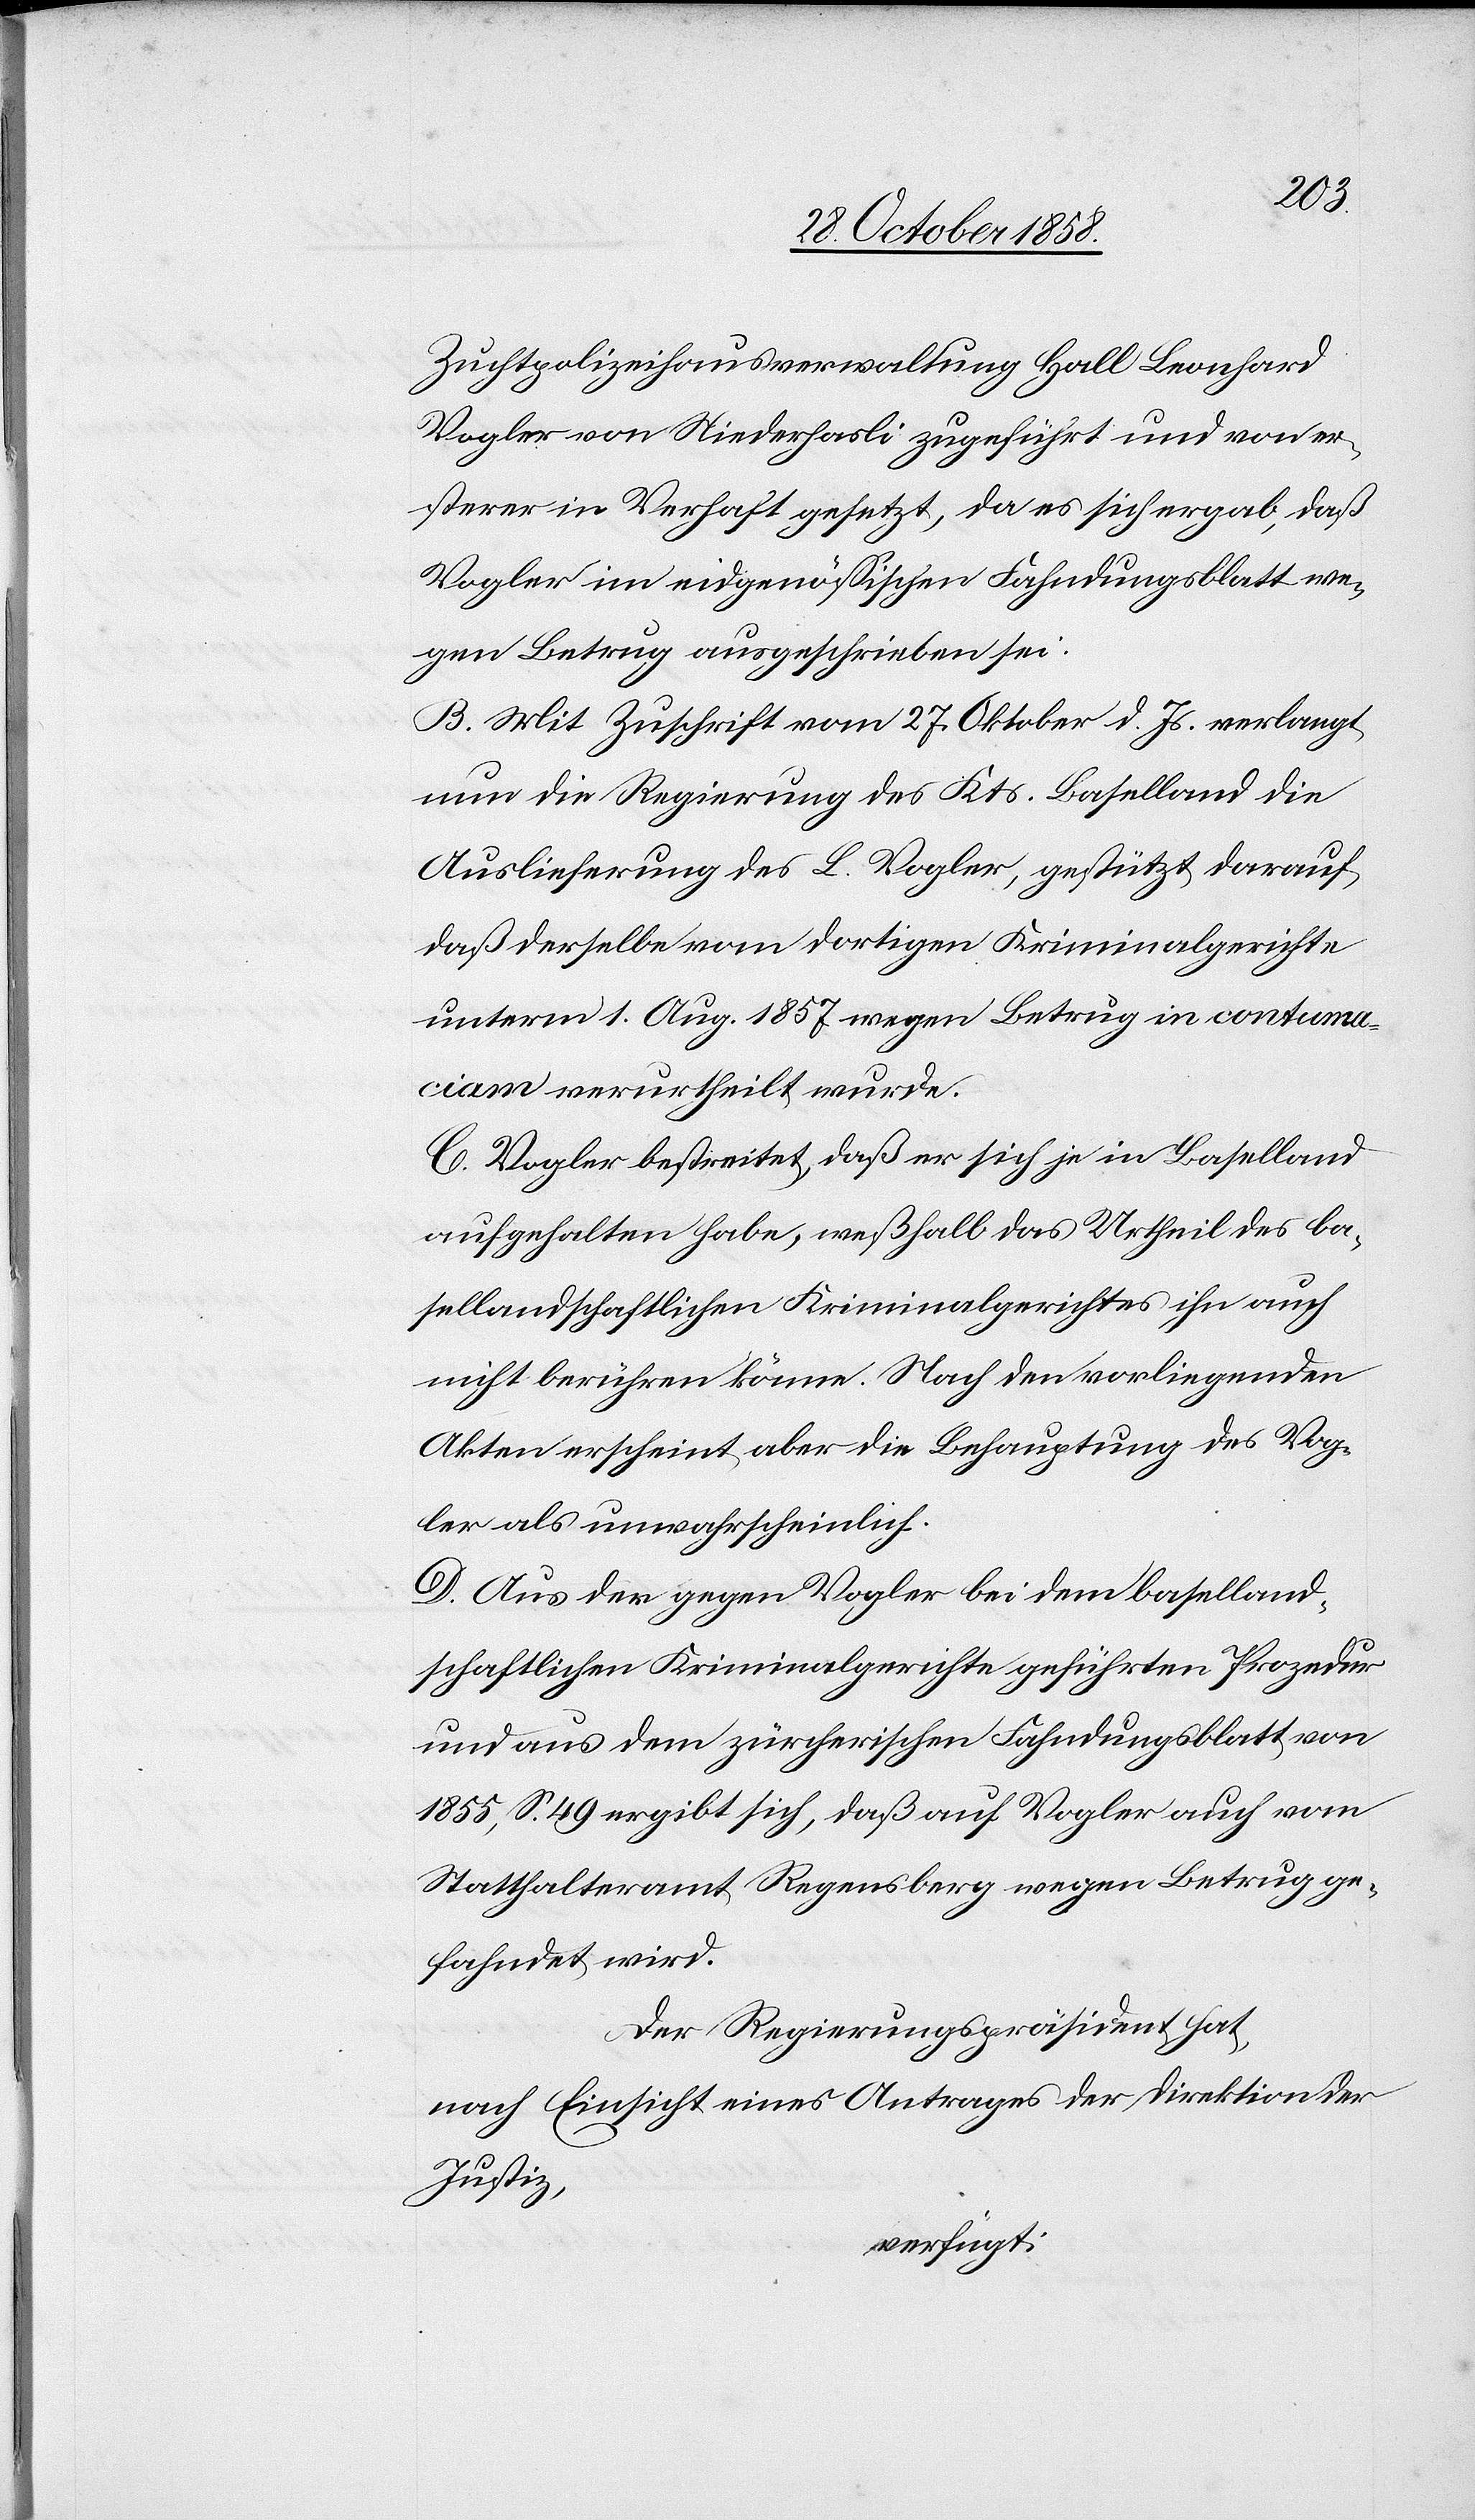
Zuchtpolizeihausverwaltung Hall Leonhard
Vogler von Niederhasli zugeführt und von er¬
sterer in Verhaft gesetzt, da es sich ergab, daß
Vogler im eidgenössischen Fahndungsblatt we¬
gen Betrug ausgeschrieben sei.
B. Mit Zuschrift vom 27. Oktober d. Js. verlangt
nun die Regierung des Kts. Baselland die
Auslieferung des L. Vogler, gestützt darauf,
daß derselbe vom dortigen Kriminalgerichte
unterm 1. Aug. 1857 wegen Betrug in contuma¬
ciam verurtheilt wurde.
C. Vogler bestreitet, daß er sich je in Baselland
aufgehalten habe, weßhalb das Urtheil des ba¬
sellandschaftlichen Kriminalgerichtes ihn auch
nicht berühren könne. Nach den vorliegenden
Akten erscheint aber die Behauptung des Vog¬
ler als unwahrscheinlich.
D. Aus der gegen Vogler bei dem baselland¬
schaftlichen Kriminalgerichte geführten Prozedur
und aus dem zürcherischen Fahndungsblatt von
1855, S. 49 ergibt sich, daß auf Vogler auch vom
Statthalteramt Regensberg wegen Betrug ge¬
fahndet wird.
Der Regierungspräsident hat,
nach Einsicht eines Antrages der Direktion der
Justiz,
verfügt: